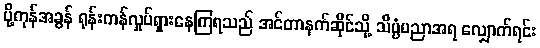
ပို့ကုန်အခွန် ရုန်းကန်လှုပ်ရှားနေကြရသည် အင်တာနက်ဆိုင်သို့ သိပ္ပံပညာအရ လျှောက်ရင်း